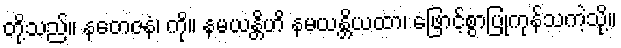
တို့သည်။ နတေဇနံ၊ ကို။ နမယန္တိဟိ နမယန္တိယထာ၊ ဖြောင့်စွာပြုကုန်သကဲ့သို့။